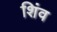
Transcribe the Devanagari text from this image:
शिंव